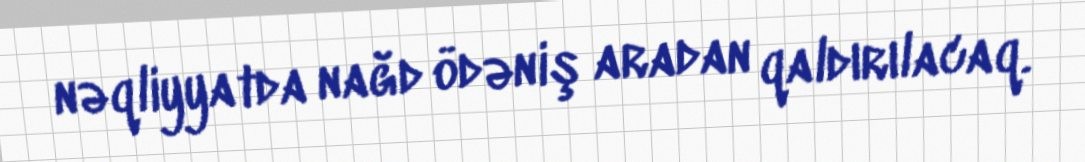
nəqliyyatda nağd ödəniş aradan qaldırılacaq.